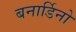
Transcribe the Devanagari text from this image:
बनार्डिनो